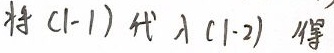
将$(1 - 1)$代入$(1 - 2)$得